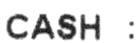
CASH :